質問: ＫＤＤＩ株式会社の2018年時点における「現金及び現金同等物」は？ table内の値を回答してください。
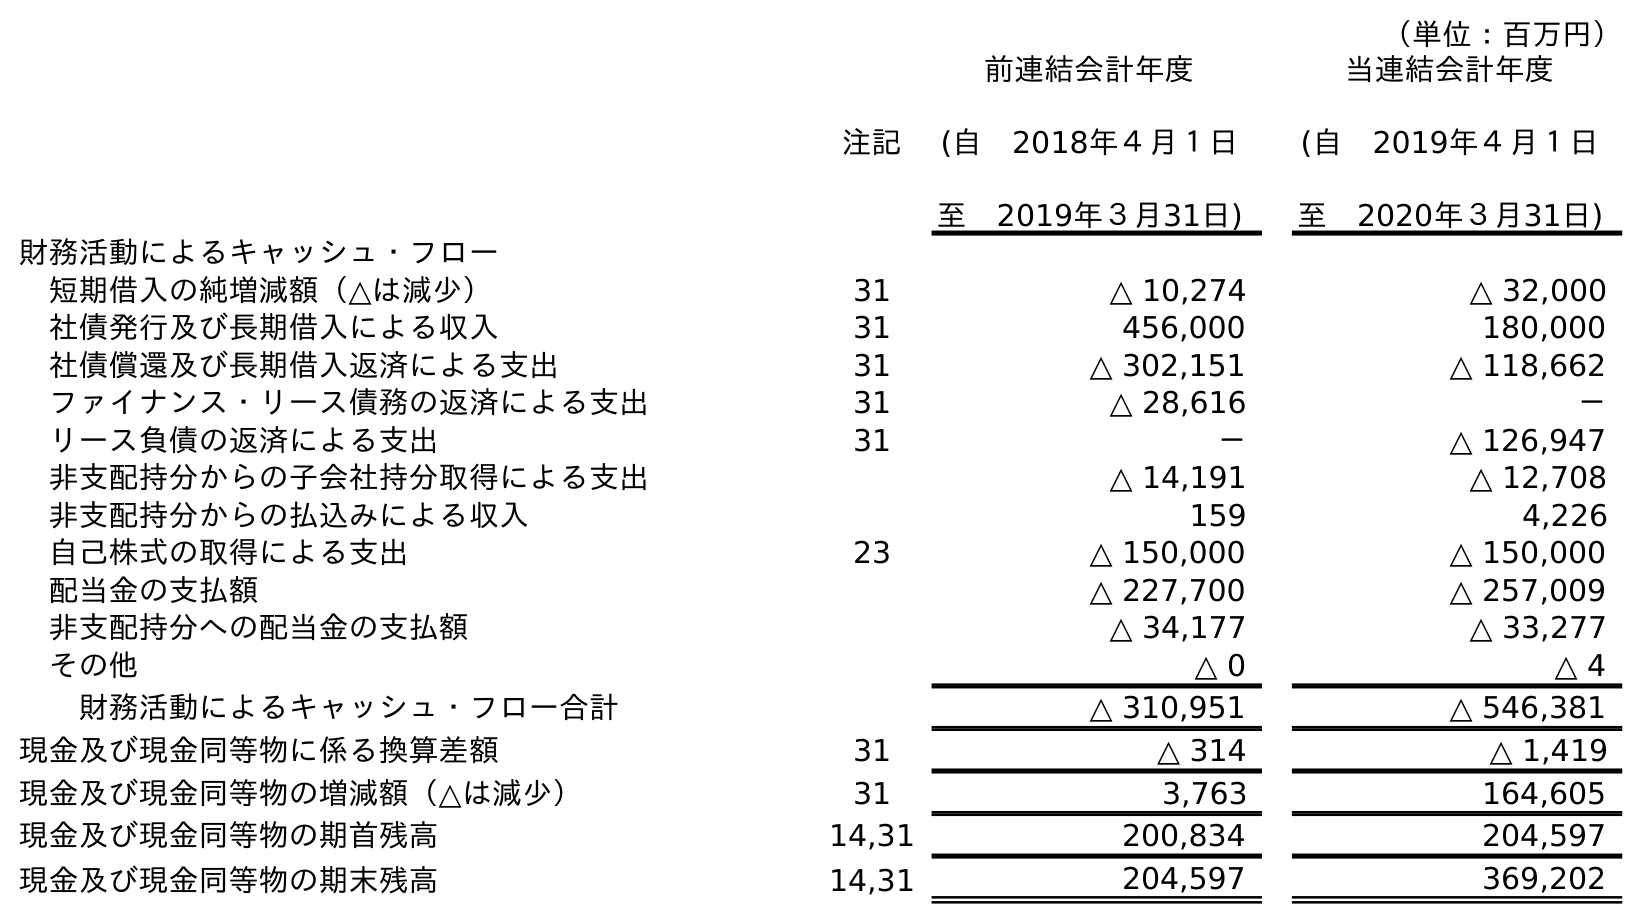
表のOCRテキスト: （単位：百万円） 注記 前連結会計年度 (自 2018年４月１日 至 2019年３月31日) 当連結会計年度 (自 2019年４月１日 至 2020年３月31日) 財務活動によるキャッシュ・フロー 短期借入の純増減額（△は減少） 31 △ 10,274 △ 32,000 社債発行及び長期借入による収入 31 456,000 180,000 社債償還及び長期借入返済による支出 31 △ 302,151 △ 118,662 ファイナンス・リース債務の返済による支出 31 △ 28,616 － リース負債の返済による支出 31 － △ 126,947 非支配持分からの子会社持分取得による支出 △ 14,191 △ 12,708 非支配持分からの払込みによる収入 159 4,226 自己株式の取得による支出 23 △ 150,000 △ 150,000 配当金の支払額 △ 227,700 △ 257,009 非支配持分への配当金の支払額 △ 34,177 △ 33,277 その他 △ 0 △ 4 財務活動によるキャッシュ・フロー合計 △ 310,951 △ 546,381 現金及び現金同等物に係る換算差額 31 △ 314 △ 1,419 現金及び現金同等物の増減額（△は減少） 31 3,763 164,605 現金及び現金同等物の期首残高 14,31 200,834 204,597 現金及び現金同等物の期末残高 14,31 204,597 369,202
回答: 200,834